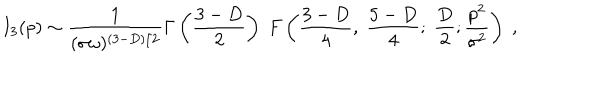
LaTeX: I _ { 3 } ( p ) \sim \frac { 1 } { ( \sigma \omega ) ^ { ( 3 - D ) / 2 } } \Gamma \left( \frac { 3 - D } { 2 } \right) \; F \left( \frac { 3 - D } { 4 } , \; \frac { 5 - D } { 4 } ; \; \frac { D } { 2 } ; \frac { p ^ { 2 } } { \sigma ^ { 2 } } \right) \; ,